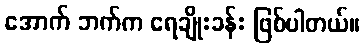
အောက် ဘက်က ရေချိုးခန်း ဖြစ်ပါတယ်။